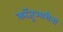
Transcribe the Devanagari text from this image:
कॉजूआरीना